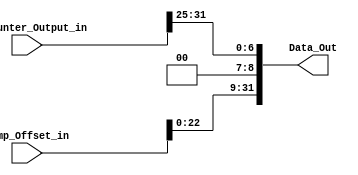
module Shift_Concatinate(Data_Out, Jump_Offset_in, PC_Counter_Output_in);
	input [25:0]Jump_Offset_in;
	input [31:0]PC_Counter_Output_in;
	output reg [31:0]Data_Out;
	
	reg [25:0]shift_left;
	// Concatenation
    always @(*) begin
		shift_left <=  Jump_Offset_in << 2;
		Data_Out <= {shift_left, PC_Counter_Output_in[31:25]};
	end
endmodule